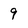
Character: 9